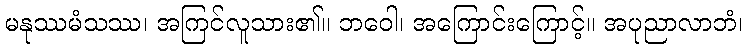
မနုဿမံသဿ၊ အကြင်လူသား၏။ ဘဝေါ၊ အကြောင်းကြောင့်။ အပုညာလာဘံ၊